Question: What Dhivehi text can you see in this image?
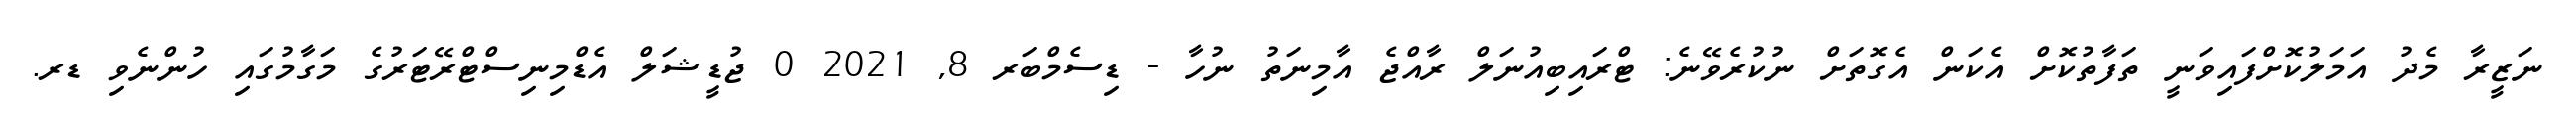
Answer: ނަޒީރާ މެދު އަމަލުކޮށްފައިވަނީ ތަފާތުކޮށް އެކަން އެގޮތަށް ނުކުރެވޭނެ: ޓްރައިބިއުނަލް ރާއްޖެ އާމިނަތު ނުހާ - ޑިސެމްބަރ 8, 2021 0 ޖުޑީޝަލް އެޑްމިނިސްޓްރޭޓަރުގެ މަގާމުގައި ހުންނެވި ޑރ.